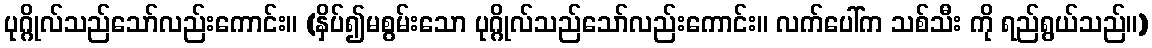
ပုဂ္ဂိုလ်သည်သော်လည်းကောင်း။ (နှိပ်၍မစွမ်းသော ပုဂ္ဂိုလ်သည်သော်လည်းကောင်း။ လက်ပေါ်က သစ်သီး ကို ရည်ရွယ်သည်။)